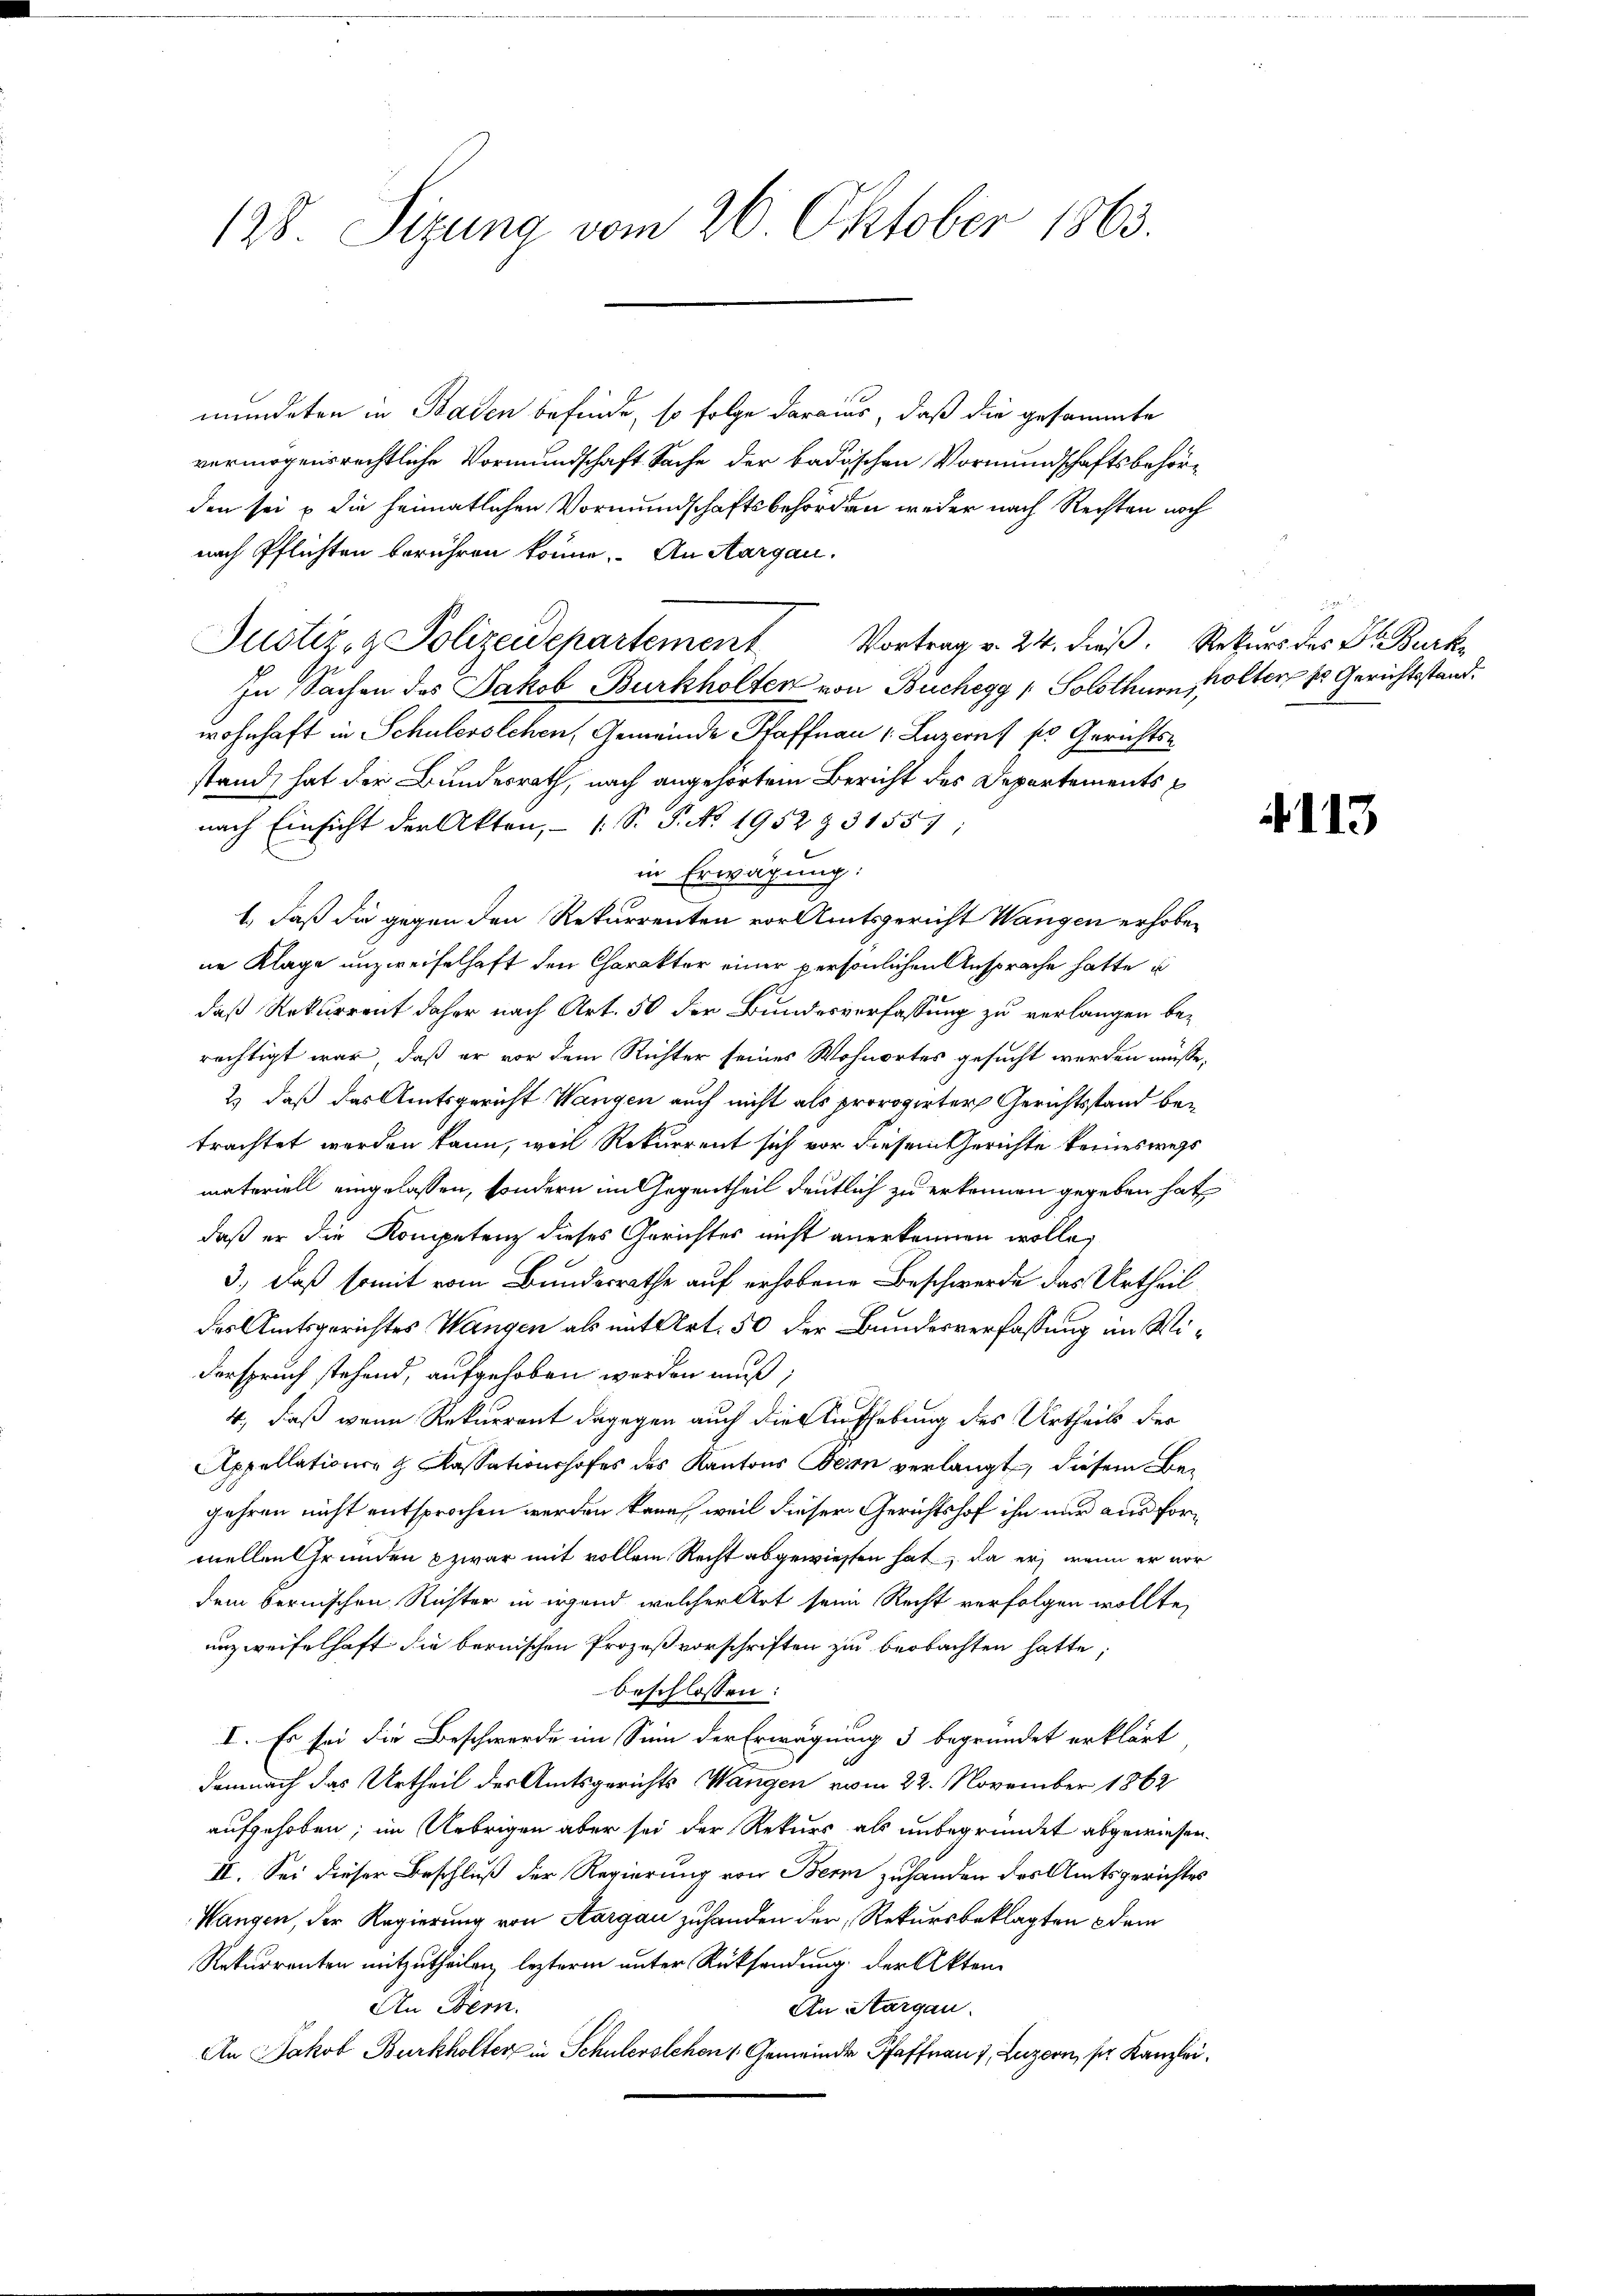
128. Sizung vom 26. Oktober 1863.

mündeten in Baden befinde, so folge daraus, daß die gesammte
vermögensrechtliche Vormundschaft Sache der badischen Vormundschaftsbehörden sei & die heimatlichen Vormundschaftsbehörden weder nach Rechten noch
nach Pflichten berühren könne. An Margau.
Vortrag v. 24. dieß. Rekurs des Dr. Burk
In Sachen des Jakob Burkholten von Buchegg / Solothurn, Volter Er Gerichtsstand.
wohnhaft in Schulerslehen, Gemeinde Pfaffnau 1. Luzern, so Gerichts-
stand, hat der Bundesrath, nach angehörtem Bericht des Departementsp
nach Einsicht der Akten, 1 S. P. No. 1952 § 31557;
in Erwägung:
1.) Daß die gegen den Rekurrenten vor Amtsgericht Wangen erhoben
ne Klage unzweifelhaft den Charakter einer persönlichen Ansprache hatte u
daß Rekurrent daher nach Art. 50 der Bundesverfassung zu verlangen berechtigt war, daß er vor dem Richter seines Wohnortes gesucht werden müsse,
2) daß das Amtsgericht Wangen auch nicht als prorogirter Gerichtsstand betrachtet werden kann, weil Rekurrent sich vor diesem Gerichte keineswegs
materiell eingelassen, sondern im Gegentheil deutlich zu erkennen gegeben hat
daß er die Kompetenz dieses Gerichtes nicht anerkennen wolle,
3.) Daß somit vom Bundesrathe auf erhobene Beschwerde das Urtheil
des Amtsgerichtes Wangen als mit Art. 50 der Bundesverfassung im Wi¬
Verspruch stehend, aufgehoben worden muß;
4, daß wenn Rekurrent dagegen auch die Aufhebung des Urtheils der
Appellations- & Kassationshofes des Kantons Bern verlangt, diesem Be-
gehren nicht entsprochen werden kann, weil dieser Gerichtshof ihn nur aus formellen Grunden zwar mit vollem Recht abgewiesen hat, da er wenn er vor
dem bernischen Richter in irgend welcher Art seine Recht verfolgen wollte,
unzweifelhaft die bernischen Prozeßvorschriften zu beobachten hatte;
beschlossen:
I. Es sei die Beschwerde im Sinn der Erwägung 3 begründet erklärt
66
demnach das Urtheil des Amtsgerichts Wangen vom 22. November 1862
aufgehoben; im Uebrigen aber sei der Rekurs als unbegründet abgewiesen.
II. Sei dieser Beschluß der Regierung von Bern zuhanden des Amtsgerichtes
Wangen, der Regierung von Aargau zuhanden der Rekursbeklagten dem
Rekurrenten mitzutheilen, leztere unter Rücksendung der Akten
An Bern.
An Aargau.
An Jakob Burkholter in Schulerstehen Gemeinde Pfaffrau), Luzern, ser Kanzlei¬

Justiz- & Polizeidepartement

4113